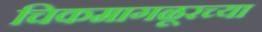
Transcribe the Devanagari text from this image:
चिकमागळूरच्या